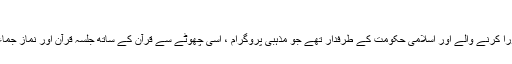
تنہائی والے سال – سترہواں حصّہ
کچھ اور ساتھی بھی ایسے تھے جو عہد پورا کرنے والے اور اسلامی حکومت کے طرفدار تھے جو مذہبی پروگرام ، اُسی چھوٹے سے قرآن کے ساتھ جلسہ قرآن اور نماز جماعت کیلئے بہت زیادہ کوششیں کرتے تھے۔